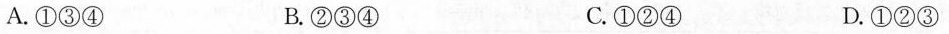
A.①③④ B.②③④ C.①②④ D.①②③